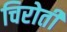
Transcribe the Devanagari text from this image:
चिरोती